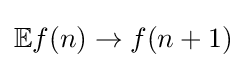
\mathbb {E} f(n)\rightarrow f(n+1)